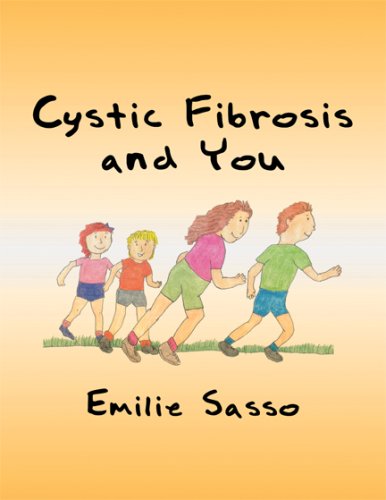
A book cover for Cystic Fibrosis and You; Emilie Sasso; Health, Fitness & Dieting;